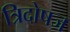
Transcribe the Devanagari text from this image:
त्रिदोषज